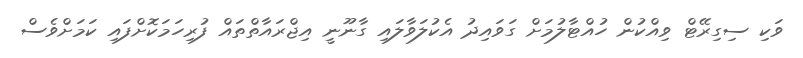
ވަކި ސިގިރޭޓް ވިއްކުން ހުއްޓާލުމަށް ގަވައިދު އެކުލަވާލައި ގާނޫނީ އިޖްރައާތްތައް ފުރިހަމަކޮށްފައި ކަމަށްވެސް